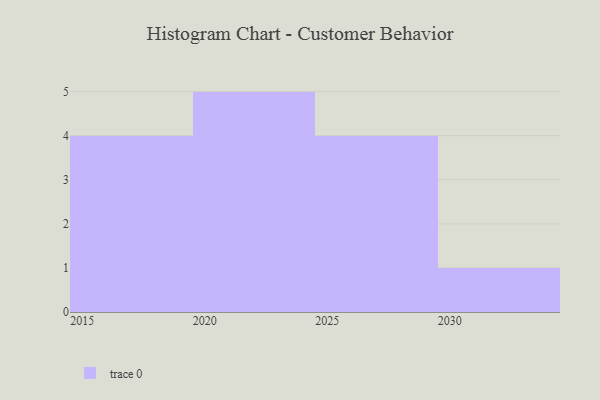
{"axis": {"x": "Year", "y": "Production Output"}, "legend": [""], "data": [{"x": "2018", "y": 45, "type": ""}, {"x": "2029", "y": 13, "type": ""}, {"x": "2030", "y": 37, "type": ""}, {"x": "2023", "y": 18, "type": ""}, {"x": "2024", "y": 32, "type": ""}, {"x": "2016", "y": 47, "type": ""}, {"x": "2022", "y": 70, "type": ""}, {"x": "2021", "y": 92, "type": ""}, {"x": "2017", "y": 29, "type": ""}, {"x": "2028", "y": 46, "type": ""}, {"x": "2020", "y": 64, "type": ""}, {"x": "2026", "y": 47, "type": ""}, {"x": "2025", "y": 15, "type": ""}, {"x": "2015", "y": 99, "type": ""}]}